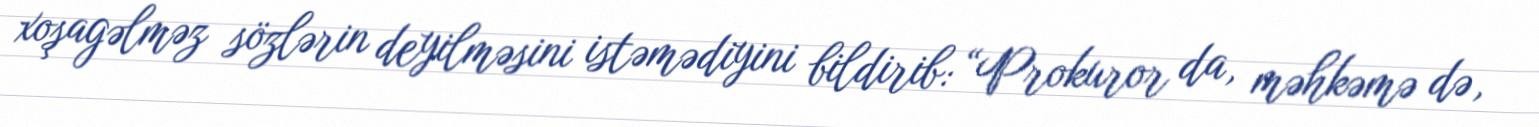
xoşagəlməz sözlərin deyilməsini istəmədiyini bildirib: “Prokuror da, məhkəmə də,